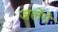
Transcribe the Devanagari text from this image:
जलेंगे